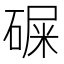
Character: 𥔔